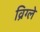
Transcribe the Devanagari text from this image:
व्रिग्ले